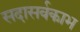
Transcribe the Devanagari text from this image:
सदासर्वकाभ